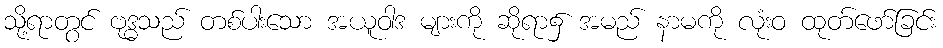
သို့ရာတွင် ဗုဒ္ဓသည် တစ်ပါးသော အယူဝါဒ များကို ဆိုရာ၌ အမည် နာမကို လုံးဝ ထုတ်ဖော်ခြင်း